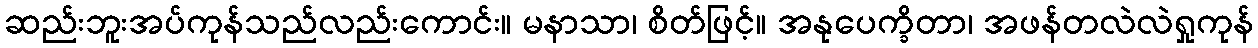
ဆည်းဘူးအပ်ကုန်သည်လည်းကောင်း။ မနာသာ၊ စိတ်ဖြင့်။ အနုပေက္ခိတာ၊ အဖန်တလဲလဲရှုကုန်